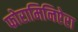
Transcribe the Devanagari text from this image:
फोरामिनिऐरा